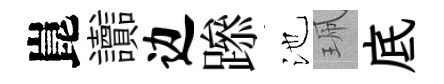
崑讟边𨅶池珮底